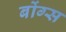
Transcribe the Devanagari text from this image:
बोंग्स